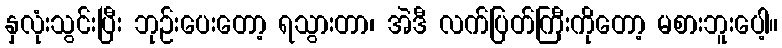
နှလုံးသွင်းပြီး ဘုဉ်းပေးတော့ ရသွားတာ၊ အဲဒီ လက်ပြတ်ကြီးကိုတော့ မစားဘူးပေါ့။